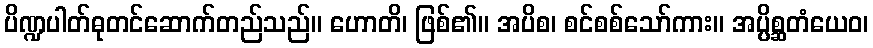
ပိဏ္ဍပါတ်ဓုတင်ဆောက်တည်သည်။ ဟောတိ၊ ဖြစ်၏။ အပိစ၊ စင်စစ်သော်ကား။ အပ္ပိစ္ဆတံယေဝ၊